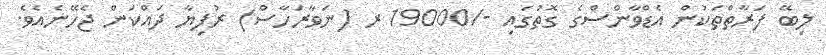
ލިބޭ ފަރާތްތަކުން އެޑްވާންސްގެ ގޮތުގައި -/19000 ރ (ނަވާރަހާސް) ރުފިޔާ ދައްކަން ޖެހޭނެއެވެ.